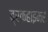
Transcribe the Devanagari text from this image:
ब्रकहाइमर